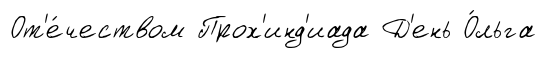
От'е́чеством Прох'инд'иада Д'ень О́льга